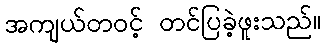
အကျယ်တဝင့် တင်ပြခဲ့ဖူးသည်။